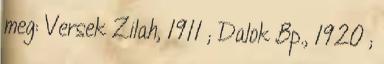
meg: Versek Zilah, 1911 ; Dalok Bp., 1920 ;